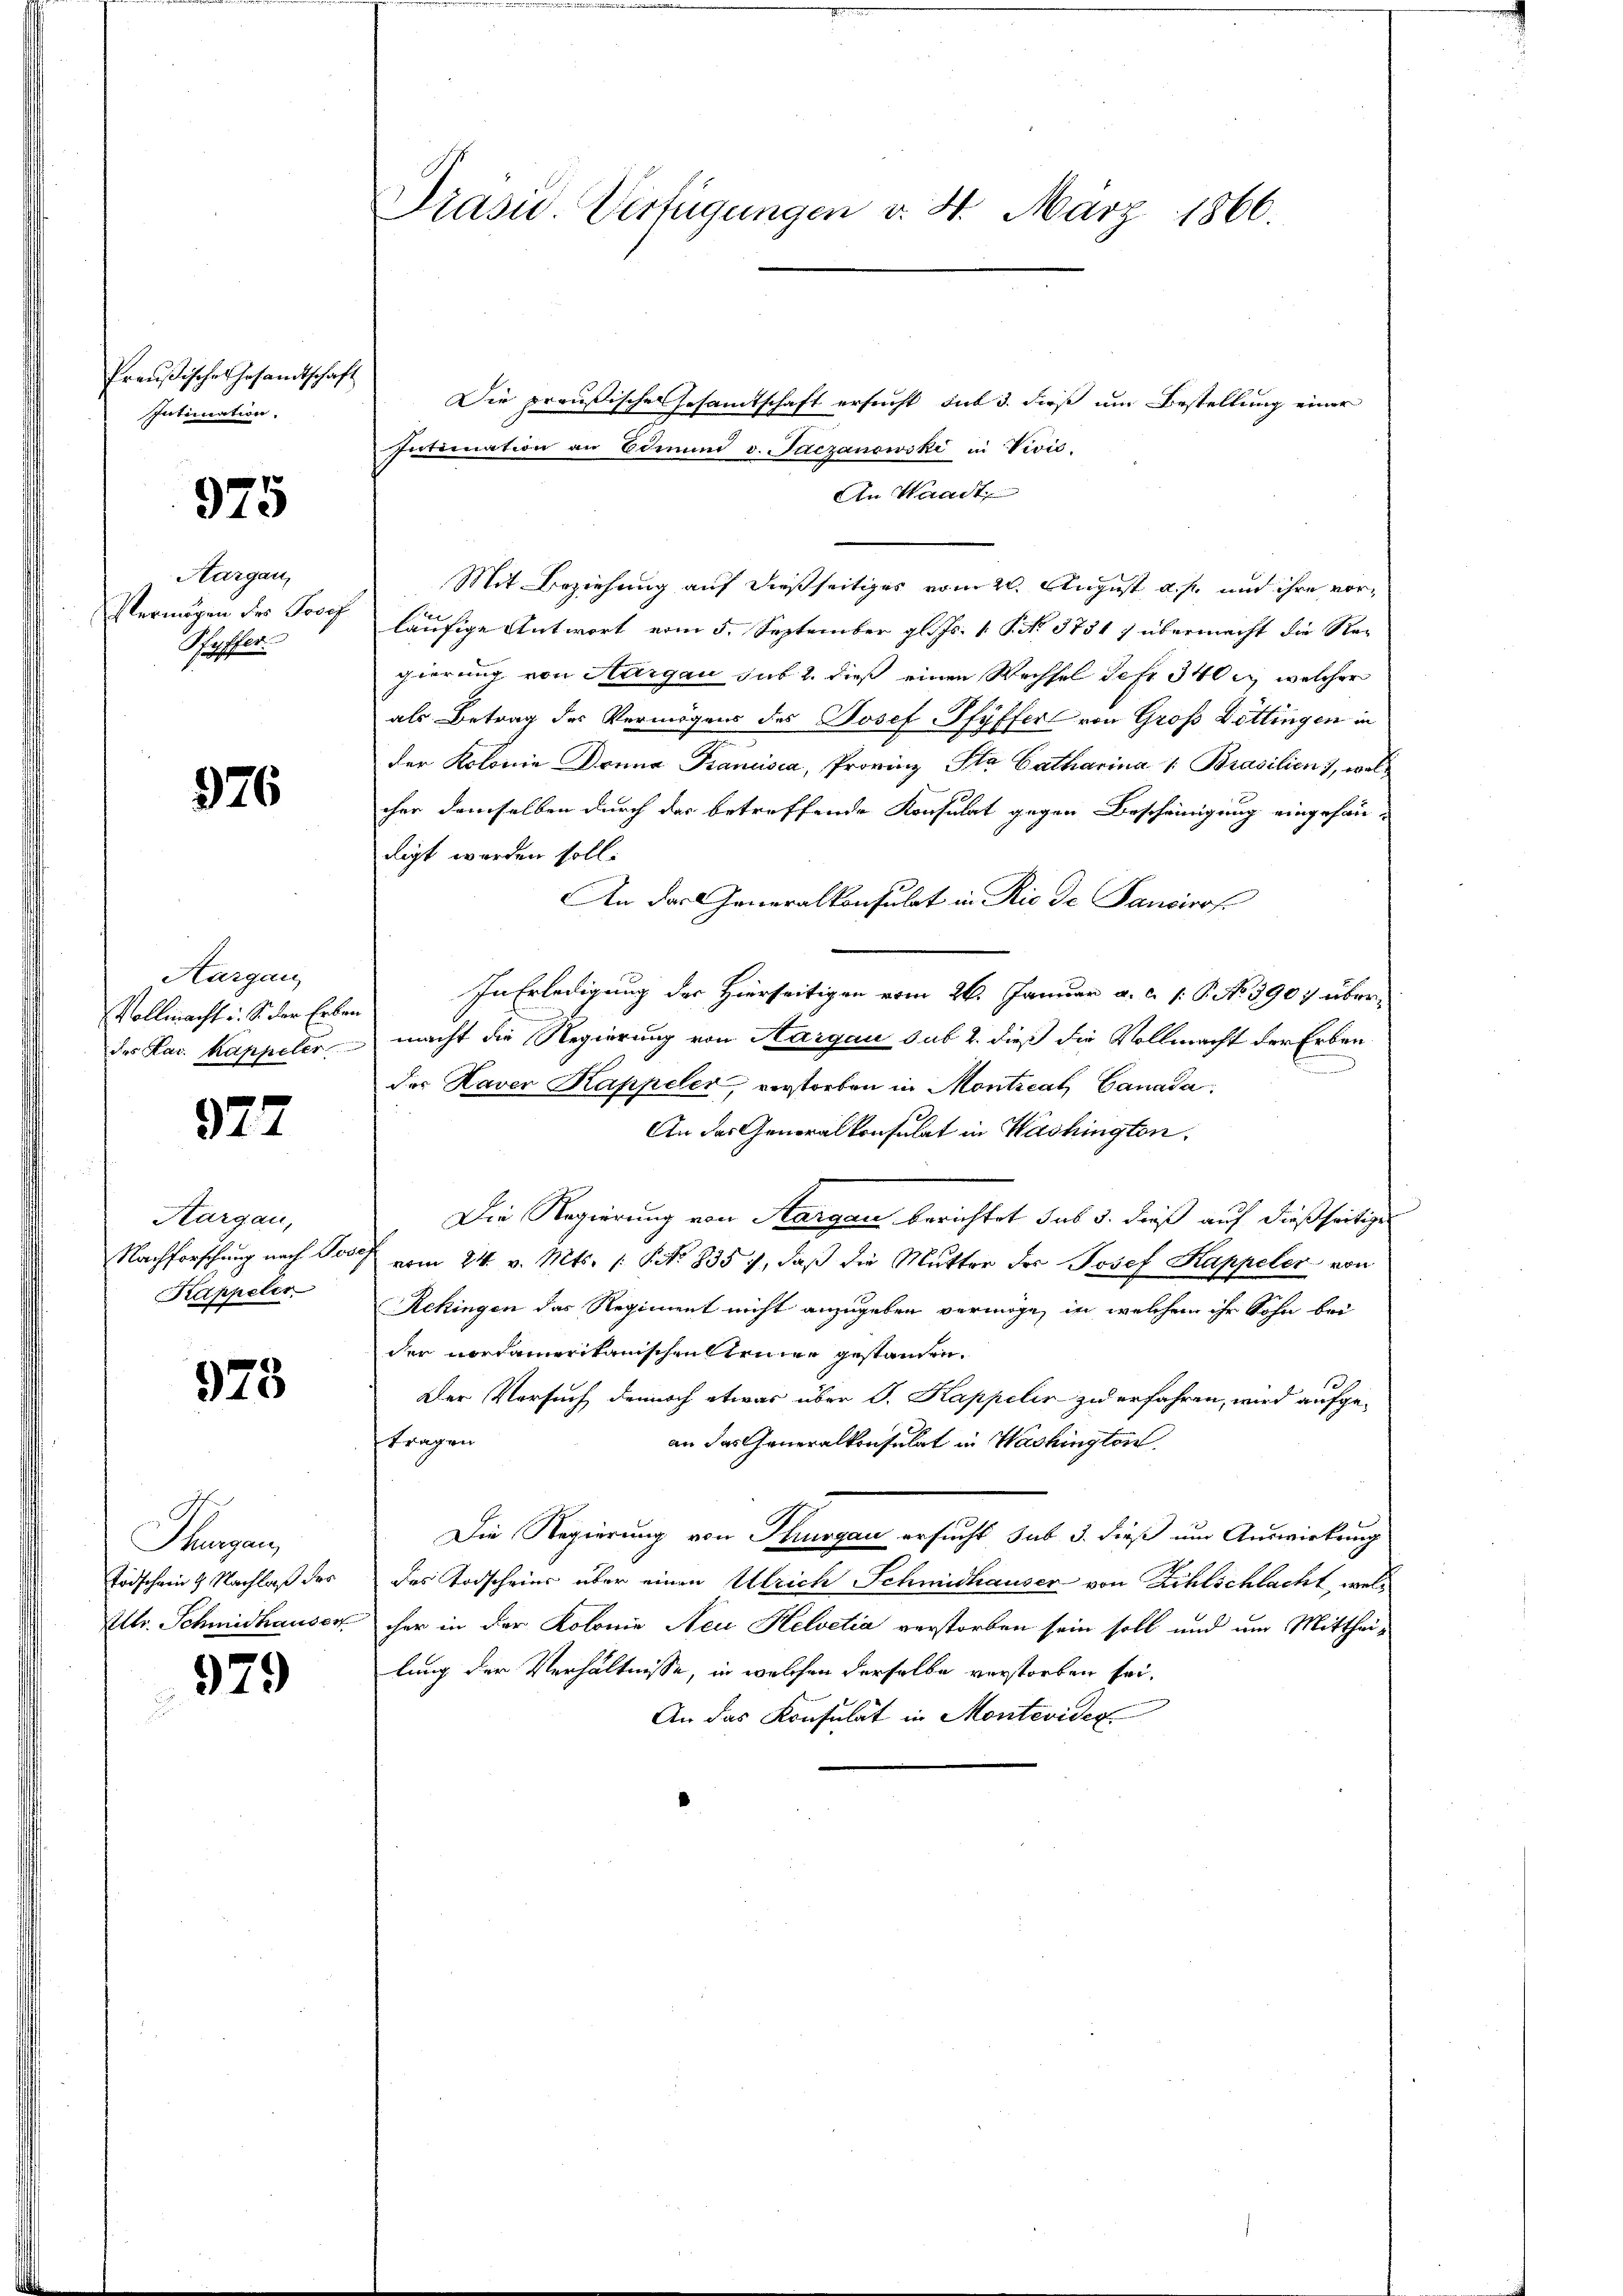
Preußisches Gesandtschaft
Intimation.

975

Aargau,
Vermögen des Josef
Heffter

976

Aargau
Vollmacht u. S. der Erben
des Fav. Kappeler

377

Aargau,
Nachforschung nach Pro
Kappeler

973

Fragen,
Todschein 2 Nachlaß der
Mltr. Schmidhauser

979

Präsid.. Verfügungen v. 4. März 1866.

Die preußische Gesamtschaft ersucht, sub 3. dieß um Bestellung einer
Intimation an Edinum v. Paczanowski in Vivić.
An Waadt
Mit Beziehung auf dießseitiges vom 20. August u. s. und ihre vorläufige Antwort vom 5. September gl. Js. 1. No. 3751) übermacht die Regierung von Aargau sub 2. dieß einen Wechsel Sefr 340 l., welcher
als Betrag des Vermögens des Josef Pfyffer von Groß Döttingen in
der Kolonie Donna Banusca, Provinz Sta Catharina 1. Brasilien), wolcher demselben durch das betreffende Konsulat gegen Bescheinigung eingefandigt worden soll.
An der Generalkonsulat in Rio de Sanciros.
In Erledigung der Hierseitigen vom 26. Januar a. c. s. S. No 3907 übermacht die Regierung von Aargau sub 2. dieß die Vollmacht der Erben
d
der Kaver Kappeler, verstorben in Montical Canada,
An das Generalkonsulat in Washington.
Die Regierung von Aargau berichtet sub 3. dieß auf dießseitige
vom 24. v. Mts. /: No 8357, daß die Mutter der Josef Kappeler von
Rekingen das Regiment nicht anzugeben vermöge, in welchem ihr Sohn bei
der Nordamerikanischenstrinne gestanden.
Der Versuch dennoch etwas über S. Kappelir zu erfahren, wird aufge-
tragen
an das Generalkonsulat in Washingten.
Die Regierung von Thurgau ersucht sub 3. dieß um Auswirkung
des Todscheier über einen Ulrich Schmidhauser von Zihlschlacht, welcher in der Kolonie Neu Helvetia verstorben sein soll und um Mittheilung der Verhältnisse, in welchen derselbe verstorben sei.
An das Konsulat in Montevide